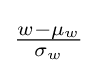
{\tfrac {w-\mu _{w}}{\sigma _{w}}}